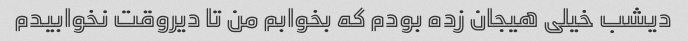
دیشب خیلی هیجان زده بودم که بخوابم من تا دیروقت نخوابیدم